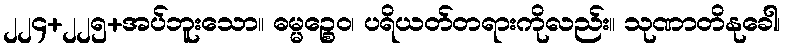
၂၂၄+၂၂၅+အပ်ဘူးသော။ ဓမ္မဉ္စေဝ၊ ပရိယတ်တရားကိုလည်း။ သုဏာတိနုခေါ၊